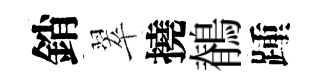
銷翠撓鶺踵